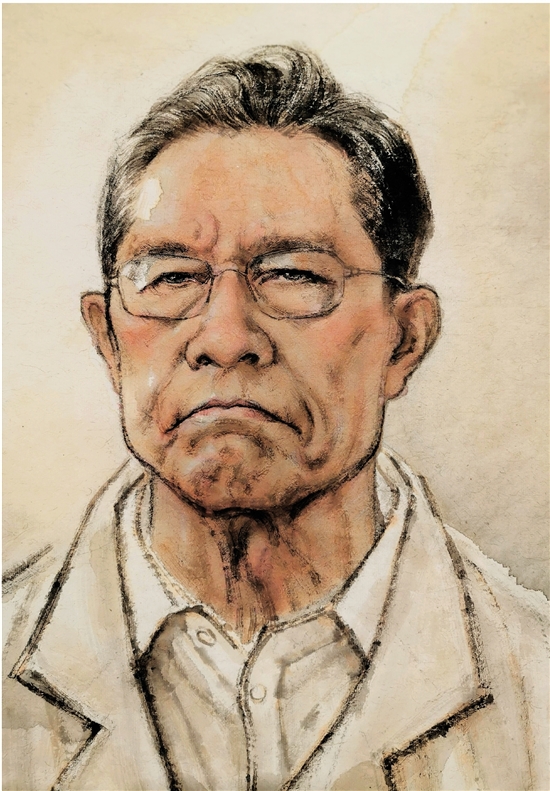
苟利国家生死以，岂因祸福避趋之。